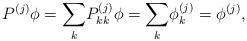
LaTeX: \begin{align*}P^{(j)}\phi =\underset{k}{\sum }P_{kk}^{(j)}\phi =\underset{k}{\sum }\phi_{k}^{(j)}=\phi ^{(j)},\end{align*}